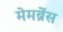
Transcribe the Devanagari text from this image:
मेमब्रेंस